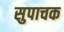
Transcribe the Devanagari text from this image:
सुपाचक